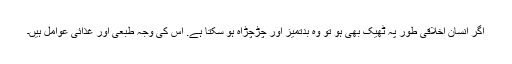
اگر انسان اخلاقی طور پہ ٹھیک بھی ہو تو وہ بدتمیز اور چڑچڑاہ ہو سکتا ہے. اس کی وجہ طبعی اور غذائی عوامل ہیں۔